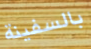
بالسفينة